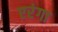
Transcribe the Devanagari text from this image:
एरंगा